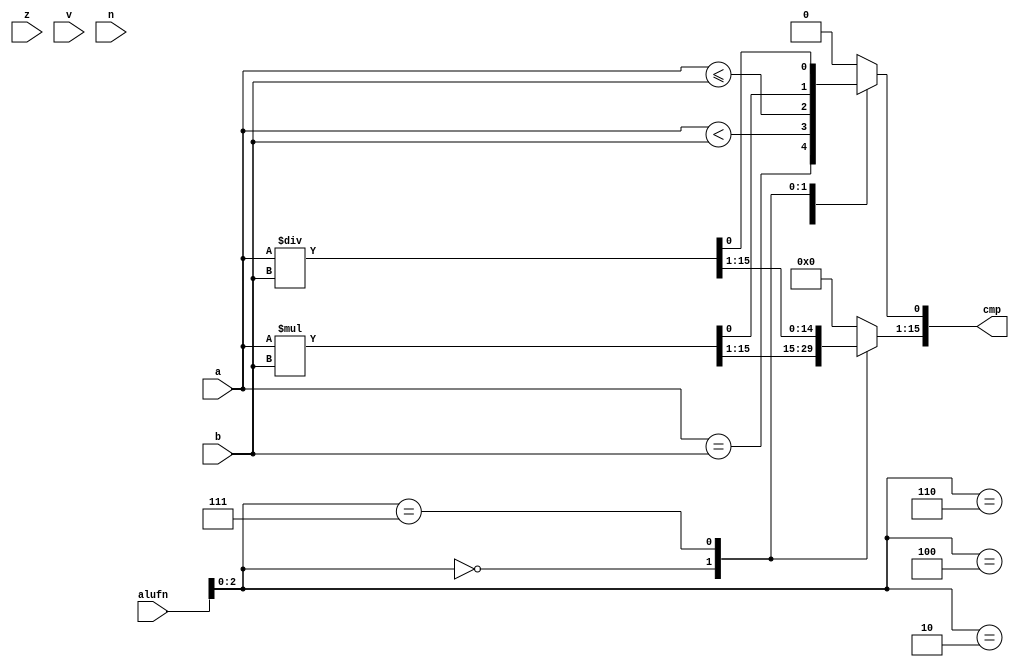
/*
   This file was generated automatically by Alchitry Labs version 1.2.1.
   Do not edit this file directly. Instead edit the original Lucid source.
   This is a temporary file and any changes made to it will be destroyed.
*/

module compare_10 (
    input [5:0] alufn,
    input z,
    input v,
    input n,
    input [15:0] a,
    input [15:0] b,
    output reg [15:0] cmp
  );
  
  
  
  reg cmp1;
  
  reg [15:0] mul;
  
  reg [15:0] div;
  
  always @* begin
    
    case (alufn[0+2-:3])
      3'h2: begin
        cmp1 = a == b;
        cmp[1+14-:15] = 15'h0000;
        cmp[0+0-:1] = cmp1;
      end
      3'h4: begin
        cmp1 = a < b;
        cmp[1+14-:15] = 15'h0000;
        cmp[0+0-:1] = cmp1;
      end
      3'h6: begin
        cmp1 = a <= b;
        cmp[1+14-:15] = 15'h0000;
        cmp[0+0-:1] = cmp1;
      end
      3'h0: begin
        mul = a * b;
        cmp = mul[0+15-:16];
      end
      3'h7: begin
        div = a / b;
        cmp = div[0+15-:16];
      end
      default: begin
        cmp = 16'h0000;
      end
    endcase
  end
endmodule